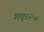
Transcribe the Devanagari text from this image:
गए।२०